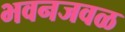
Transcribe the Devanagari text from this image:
भवनजवळ